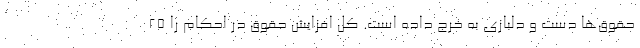
حقوق‌ها دست و دلبازی به خرج داده است. کل افزایش حقوق در احکام را ۲۵